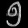
Digit: ၅